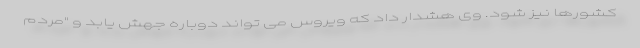
کشورها نیز شود. وی هشدار داد که ویروس می تواند دوباره جهش یابد و "مردم